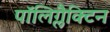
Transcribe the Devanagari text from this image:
पॉलिग्लैक्टिन